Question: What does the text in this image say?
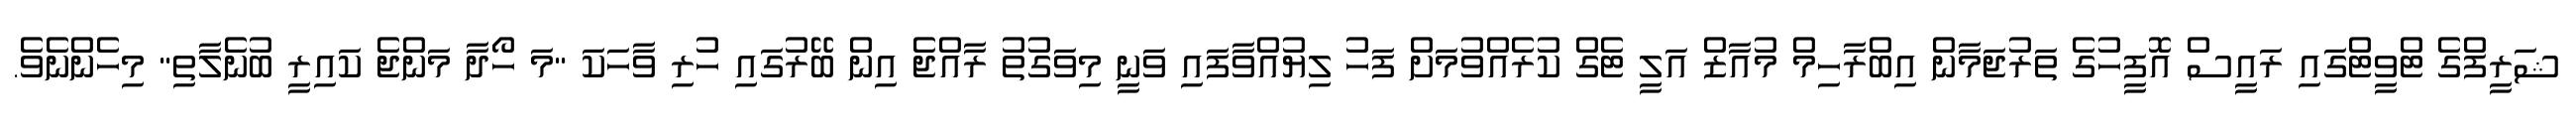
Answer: ޝަރީފްގެ ޓްވީޓްގައި ރައީސް އޮފީހުގެ ތަރުޖަމާން އިބްރާހިމް މުއާޒް އަލީ ޓެގް ކުރެއްވުމަށް ފަހު ލިޔުއްވާފައި ވަނީ މިވަގުތު ރާއްޖެ އިން ބޭރުގައި ހުރި ވާހަކަ "މަ ހޯދާ މަންޖެ ކައިރީ ބުނެލާތި" މިހެންނެވެ.